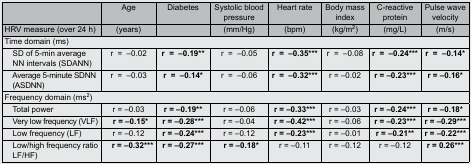
<table><thead><tr><td>[EMPTY_CELL]</td><td><b>Age</b></td><td><b>Diabetes</b></td><td><b>Systolic blood pressure</b></td><td><b>Heart rate</b></td><td><b>Body mass index</b></td><td><b>C-reactive protein</b></td><td><b>Pulse wave velocity</b></td></tr><tr><td><b>HRV measure (over 24 h)</b></td><td><b>(years)</b></td><td>[EMPTY_CELL]</td><td><b>(mm/Hg)</b></td><td><b>(bpm)</b></td><td><b>(kg/m<sup>2</sup>)</b></td><td><b>(mg/L)</b></td><td><b>(m/s)</b></td></tr></thead><tbody><tr><td colspan="8">Time domain (ms)</td></tr><tr><td>SD of 5-min average NN intervals (SDANN)</td><td>r=–0.02</td><td><b>r=–0.19**</b></td><td>r=–0.05</td><td><b>r=–0.35***</b></td><td>r=–0.08</td><td><b>r=–0.24***</b></td><td><b>r=–0.14*</b></td></tr><tr><td>Average 5-minute SDNN (ASDNN)</td><td>r=–0.03</td><td><b>r=–0.14*</b></td><td>r=–0.06</td><td><b>r=–0.32***</b></td><td>r = –0.02</td><td><b>r = –0.23***</b></td><td><b>r = –0.16*</b></td></tr><tr><td colspan="8">Frequency domain (ms<sup>2</sup>)</td></tr><tr><td>Total power</td><td>r = –0.03</td><td><b>r = –0.19**</b></td><td>r = –0.06</td><td><b>r = –0.33***</b></td><td>r = –0.03</td><td><b>r = –0.24***</b></td><td><b>r = –0.18*</b></td></tr><tr><td>Very low frequency (VLF)</td><td><b> r = –0.15*</b></td><td><b>r = –0.28***</b></td><td>r = –0.04</td><td><b>r = –0.42***</b></td><td>r = –0.06</td><td><b>r = –0.23***</b></td><td><b>r = –0.29***</b></td></tr><tr><td>Low frequency (LF)</td><td>r = –0.12</td><td><b>r = –0.24***</b></td><td>r = –0.12</td><td><b>r = –0.23***</b></td><td>r = –0.01</td><td><b>r = –0.21**</b></td><td><b>r = –0.22***</b></td></tr><tr><td>Low/high frequency ratio LF/HF)</td><td><b> r = –0.32***</b></td><td><b>r = –0.27***</b></td><td><b> r = –0.18*</b></td><td>r = –0.11</td><td>r = –0.12</td><td>r = –0.12</td><td><b>r = 0.26***</b></td></tr></tbody></table>